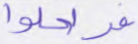
فدخلوا